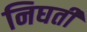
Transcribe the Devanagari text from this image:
निघती